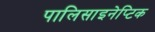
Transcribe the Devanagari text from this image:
पालिसाइनेप्टिक